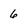
Character: 6